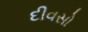
દીવસો